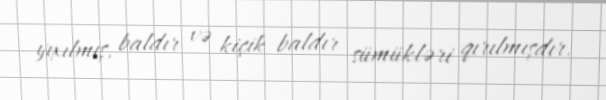
yıxılmış, baldır və kiçik baldır sümükləri qırılmışdır.